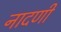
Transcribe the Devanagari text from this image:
नादणी